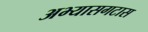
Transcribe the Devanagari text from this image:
अभ्यासगटास